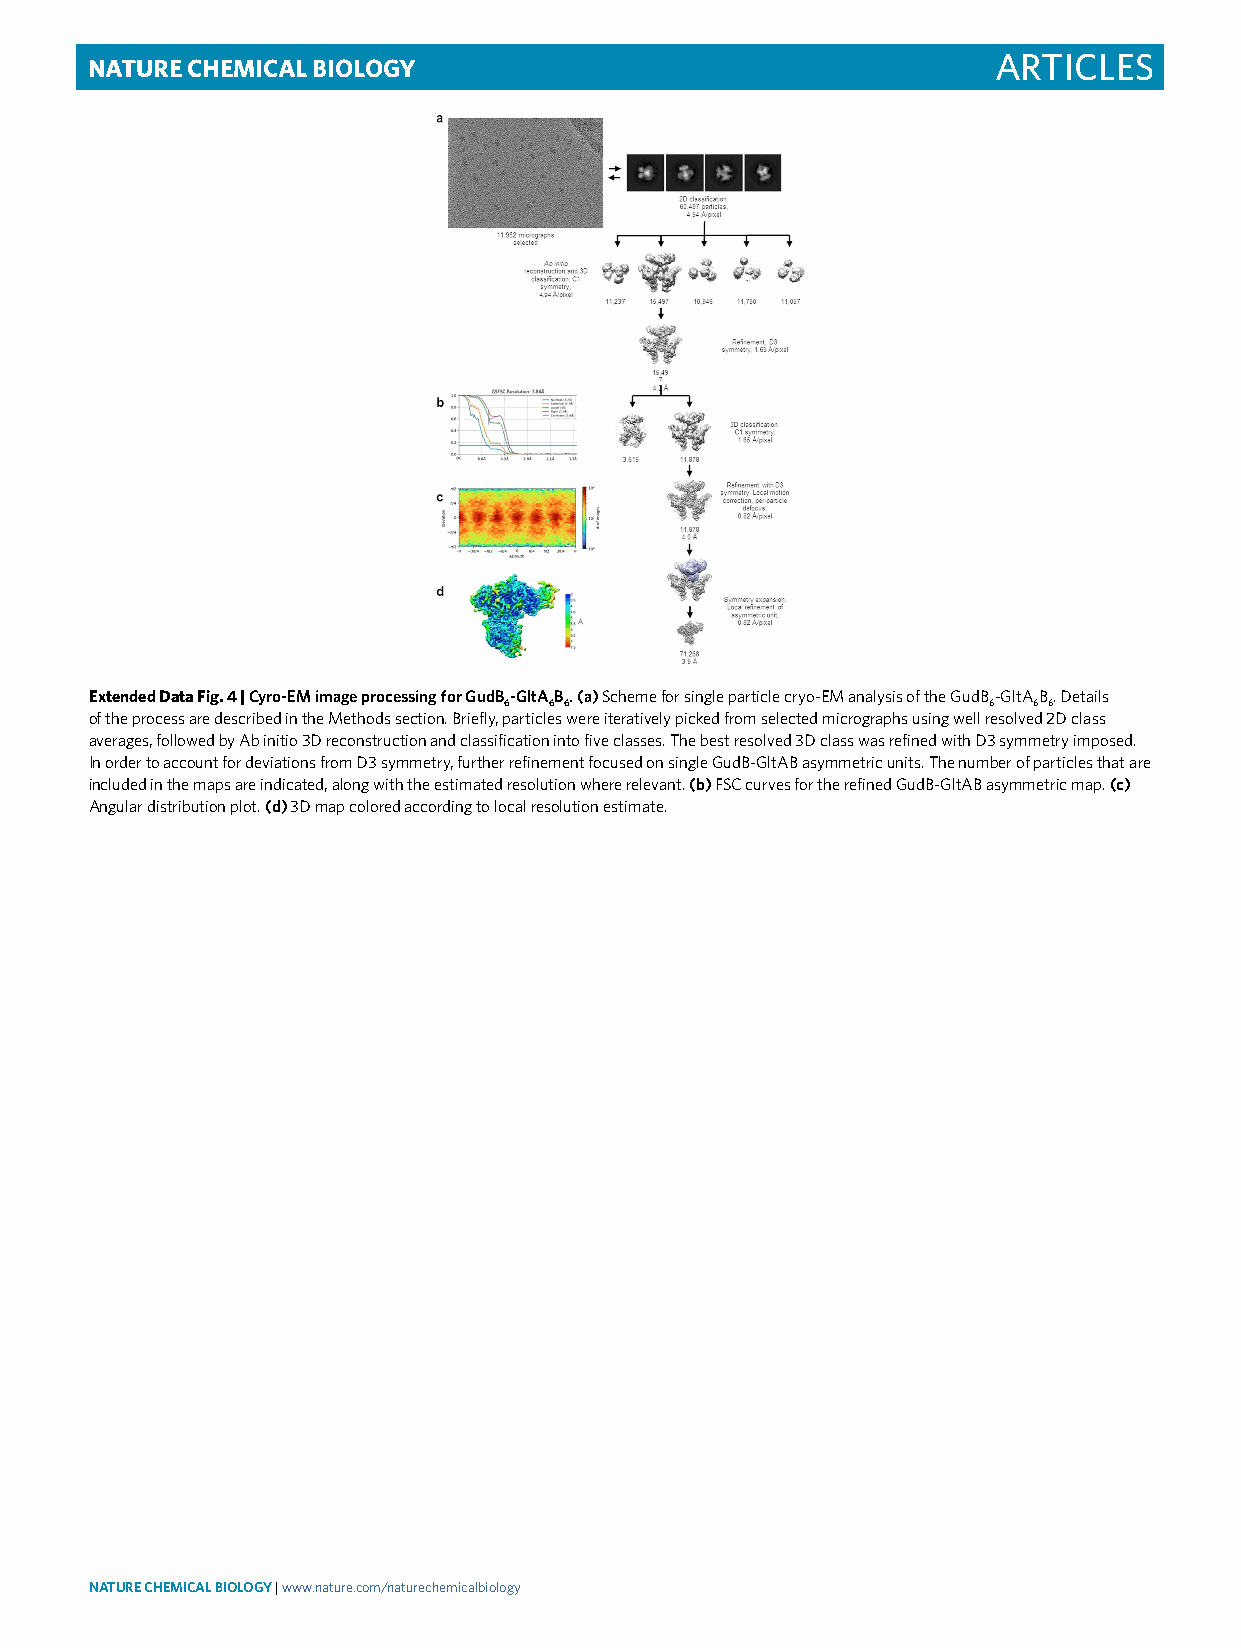
Nature ChemiCal Biology                                     Articles
 Extended Data Fig. 4 | Cyro-EM image processing for gudB-gltAB. (a) Scheme for single particle cryo-EM analysis of the GudB-GltAB. Details
 6  6 6                          6  6 6
 of the process are described in the Methods section. Briefly, particles were iteratively picked from selected micrographs using well resolved 2D class
 averages, followed by Ab initio 3D reconstruction and classification into five classes. The best resolved 3D class was refined with D3 symmetry imposed.
 In order to account for deviations from D3 symmetry, further refinement focused on single GudB-GltAB asymmetric units. The number of particles that are
 included in the maps are indicated, along with the estimated resolution where relevant. (b) FSC curves for the refined GudB-GltAB asymmetric map. (c)
 Angular distribution plot. (d) 3D map colored according to local resolution estimate.
 NATurE ChEMiCAL BioLogy | www.nature.com/naturechemicalbiology